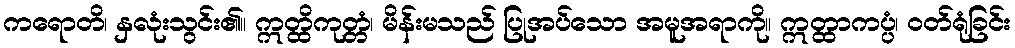
ကရောတိ၊ နှလုံးသွင်း၏။ ဣတ္ထိကုတ္တံ၊ မိန်းမသည် ပြုအပ်သော အမူအရာကို။ ဣတ္ထာကပ္ပံ၊ ဝတ်ရုံခြင်း